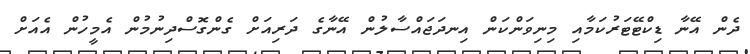
ދެން އޭނާ ޑިކްޓޭޓަރުކަމާއި މިނިވަންކަން އިނދަޖައްސާލުން އޭނާގެ ދަރިއަށް ގެންގޮސްދިނުމުން އެމީހުން އެއަށް